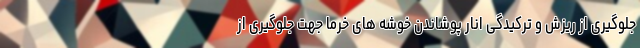
جلوگیری از ریزش و ترکیدگی انار پوشاندن خوشه های خرما جهت جلوگیری از